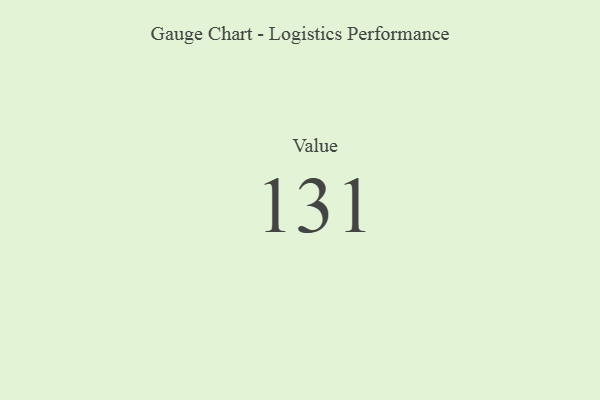
{"axis": {"x": "Metric", "y": "Value"}, "legend": [""], "data": [{"x": "Value", "y": 131, "type": ""}]}